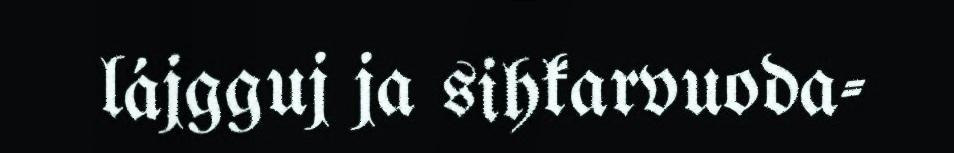
lájgguj ja sihkarvuoda-